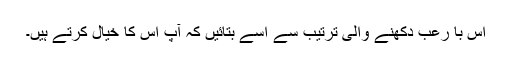
اِس با رعب دِکھنے والی ترتیب سے اُسے بتائیں کہ آپ اُس کا خیال کرتے ہیں۔